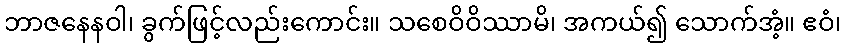
ဘာဇနေနဝါ၊ ခွက်ဖြင့်လည်းကောင်း။ သစေဝိဝိဿာမိ၊ အကယ်၍ သောက်အံ့။ ဧဝံ၊